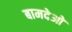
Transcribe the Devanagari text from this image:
बामदेओ